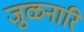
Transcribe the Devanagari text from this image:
जुळनारि